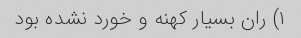
۱) ران بسیار کهنه و خورد نشده بود